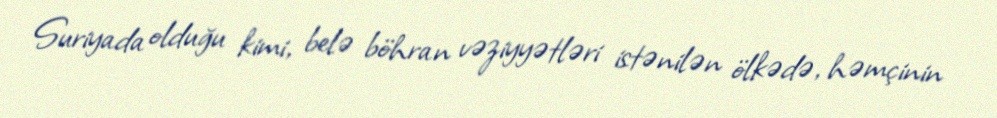
Suriyada olduğu kimi, belə böhran vəziyyətləri istənilən ölkədə, həmçinin